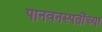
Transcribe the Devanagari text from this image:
पानवनस्पतींच्या